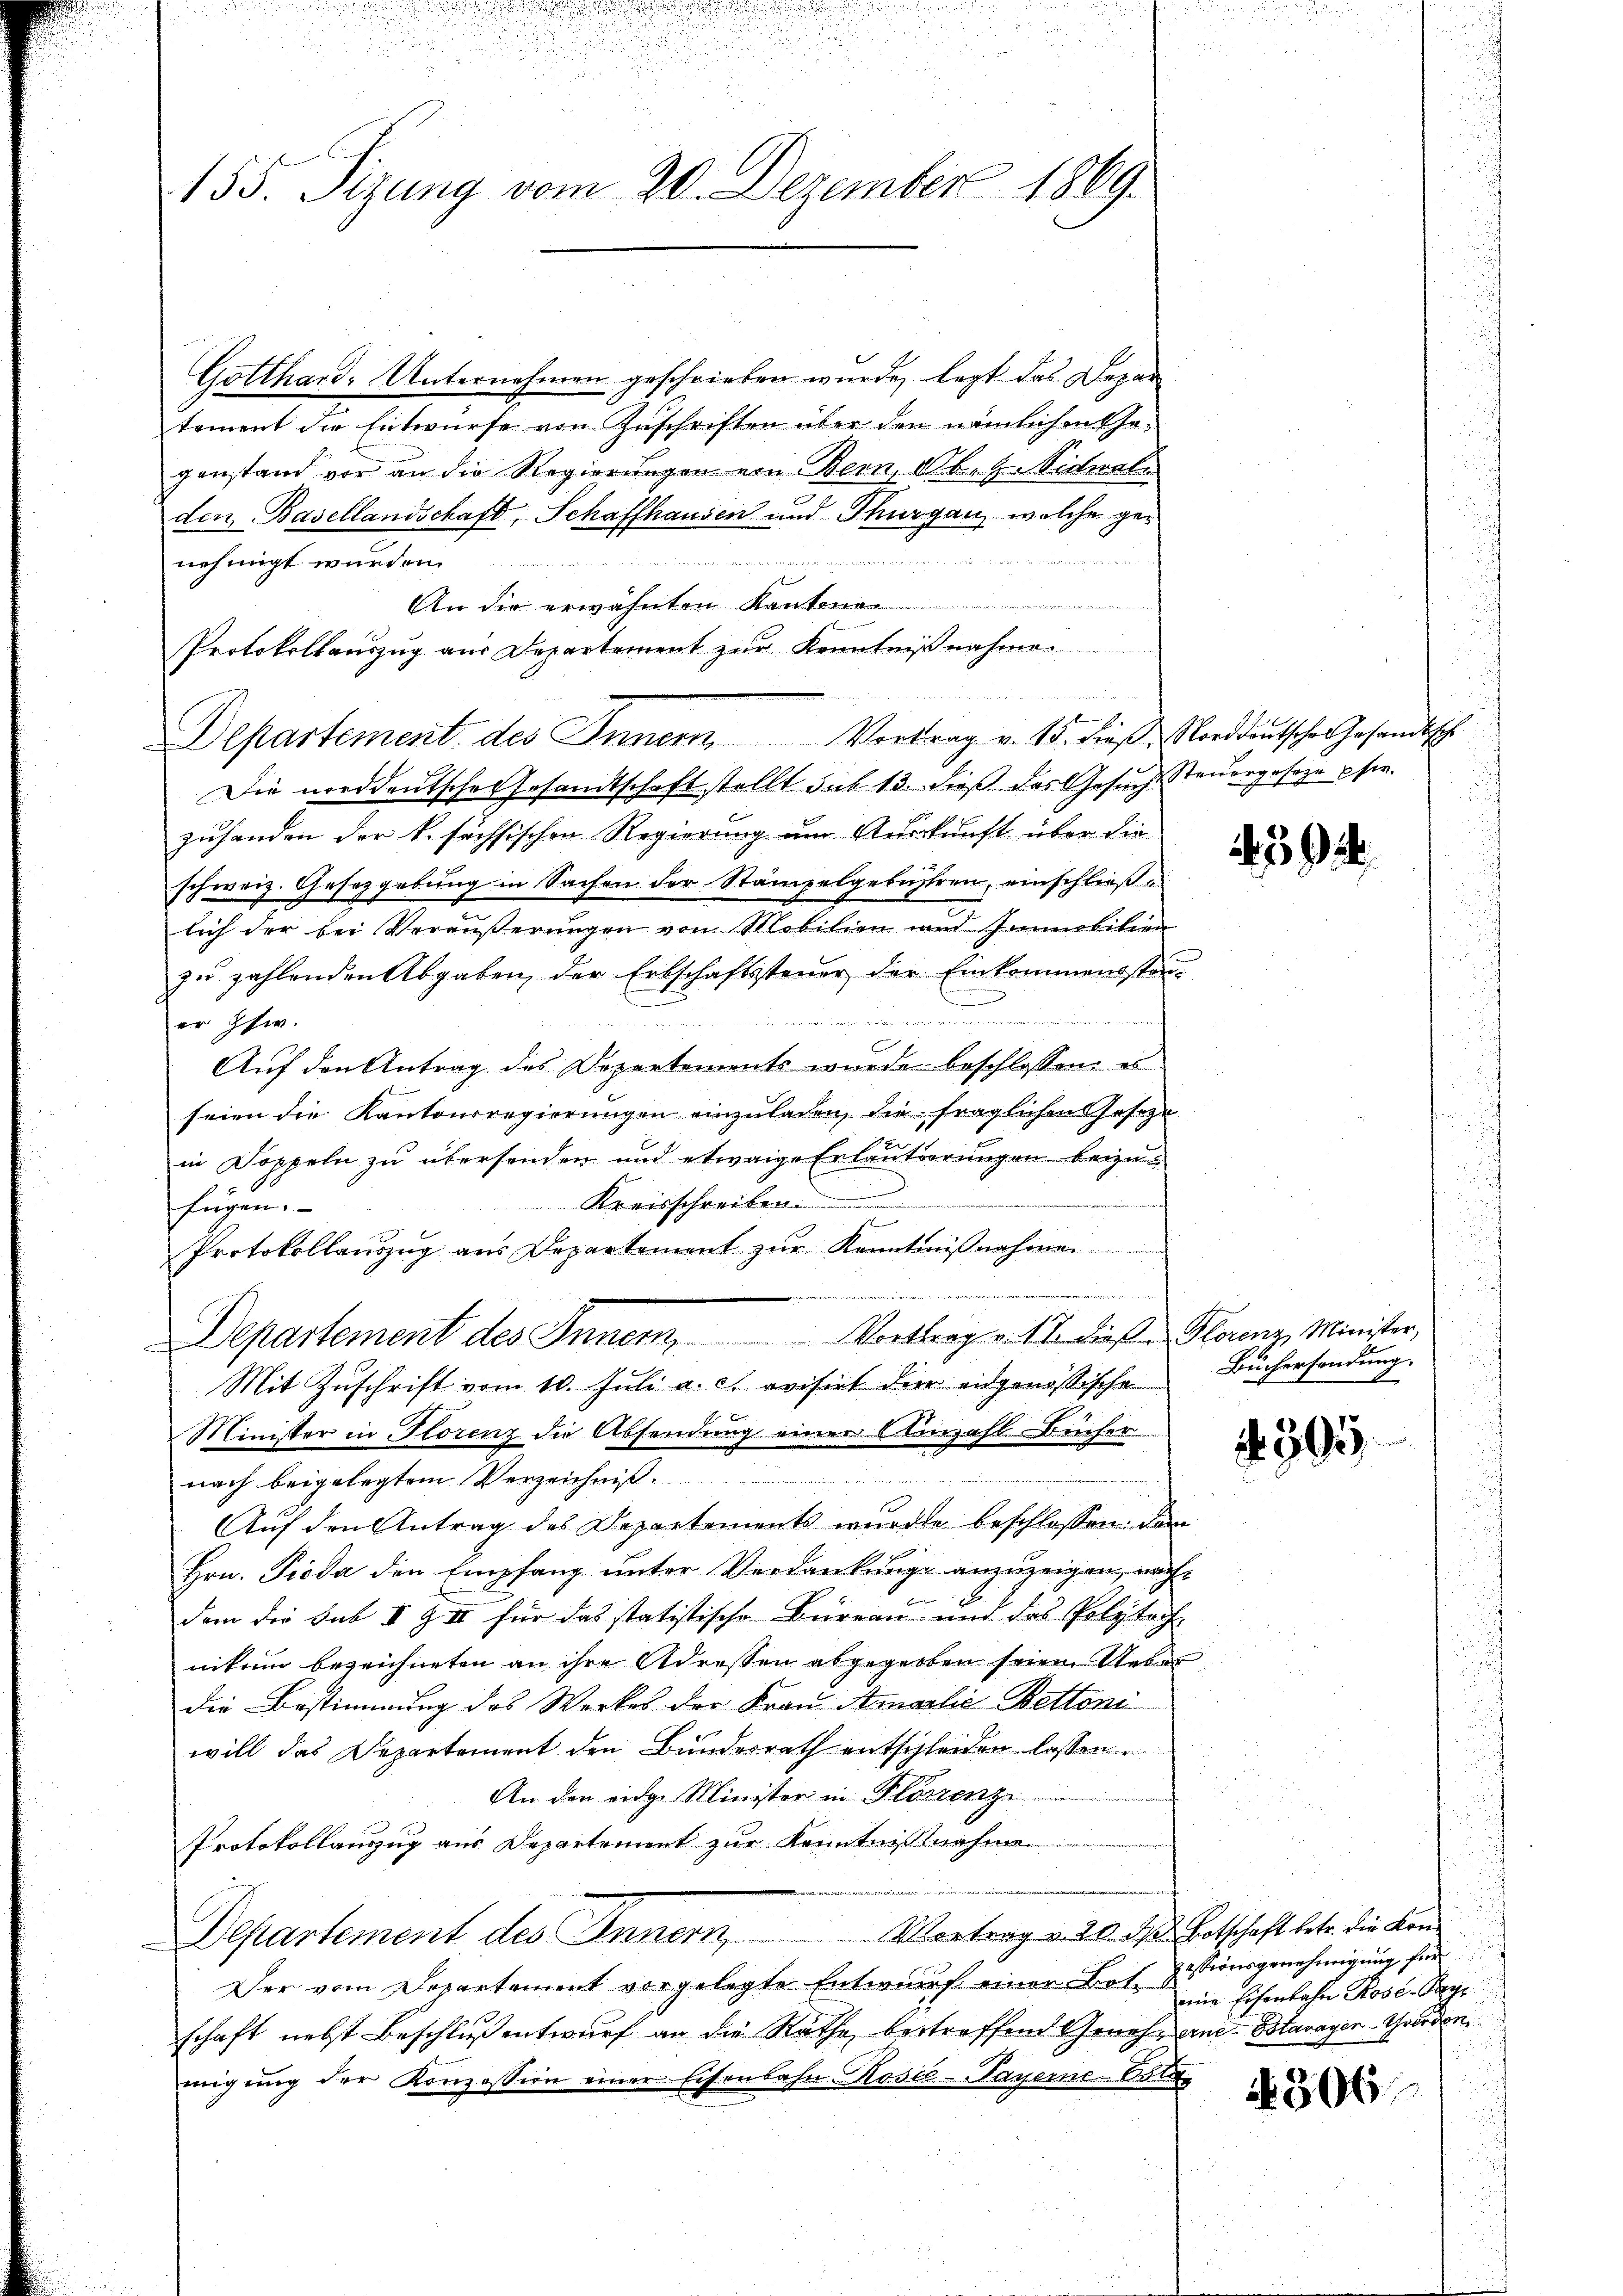
Gotthard. Unternehmen geschrieben wurde, legt das Depar
tement die Entwürfe von Zuschriften über den nämlichen Gegenstand vor an die Regierungen von Bern, Ob. H. Nichtwal
den Basellandschaft, Schaffhausen und Thurgau, welche geun
nehmigt wurden.
aende
An die erwähnten Kant
Protokollauszug aus Departement zur Kenntniß nah
Die norddeutsche Gesandtschaft stellt sub 13. dieß das Gesuch Steuergeseze hie
Zuhanden der k. sechsischen Regierung um Auskunft über die
schweiz. Gesetzgebung in Sachen der Stämpelgebühren, einschließe
lich der bei Veräußerungen von Mobilien und Immobilien
zŭ zahlenden Abgaben der Erbschaftssteŭer der Einkommensstan-
von den wie in d
er schw.
Auf den Antrag des Departements wurde beschlossen: es
seien die Kantonsregierungen einzuladen, die fraglichen Gesetze
in Doppeln zu übersenden und etwaige Erläuterungen beizu¬
Kreisschreiben.
fügen.
s
Protokollauszug aus Departement zŭr Kenntniβnahmen
Departement des Inner, Vortrag v. 17. dieß. Florenz Minister,
Mit Zuschrift vom 10. Juli a. c. versiet der eidgenößische
Minister in Florenz die Absendung einer Einzahl-Bücher
nach beigelegtem Verzeichnis.
Auf den Antrag des Departements wurde beschlossen: dan
Hrn. Pioda den Empfang unter Verdankung anzuzeigen, nach
dem die Sub 1 Z III für das statistische Bureau und das Polytechnitum bezeichneten an ihre Adressen abgegeben seien Ueber
die Bestimmung des Werkes der Frau Amalie Bettoni
will das Departement den Bundesrath entschleiden lassen.
An den eidg. Minister in Florenz
Protokollauszug aus Departement zur Kenntnisnahme.
Vortrag v. 20. ds Botschaft betr. die Kon¬
Departement des Innern,
Der vom Departement vorgelegte Entwurf einer Bet
schaft nebst Beschluß entwurf an die Rathe bestreffend Geneh-ane- Bstavayer-Grorden,
migŭng der Konzession einer Eisenbahn-Rosić-Payerne-Bata

155. Sizung vom 20. Dezember 1869

Departement des Innern. Vortrag v. 15. dieß Clorddeutschen Gesandtsche

.

39

Büchersendung.
4

395

Zessionsgenehmigung für
eine Eisenbahn Rose-Paye

A 306